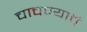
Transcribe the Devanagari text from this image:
चाचण्याचं